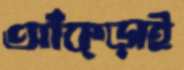
আঁক্‌ড়াই